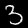
Label: 3